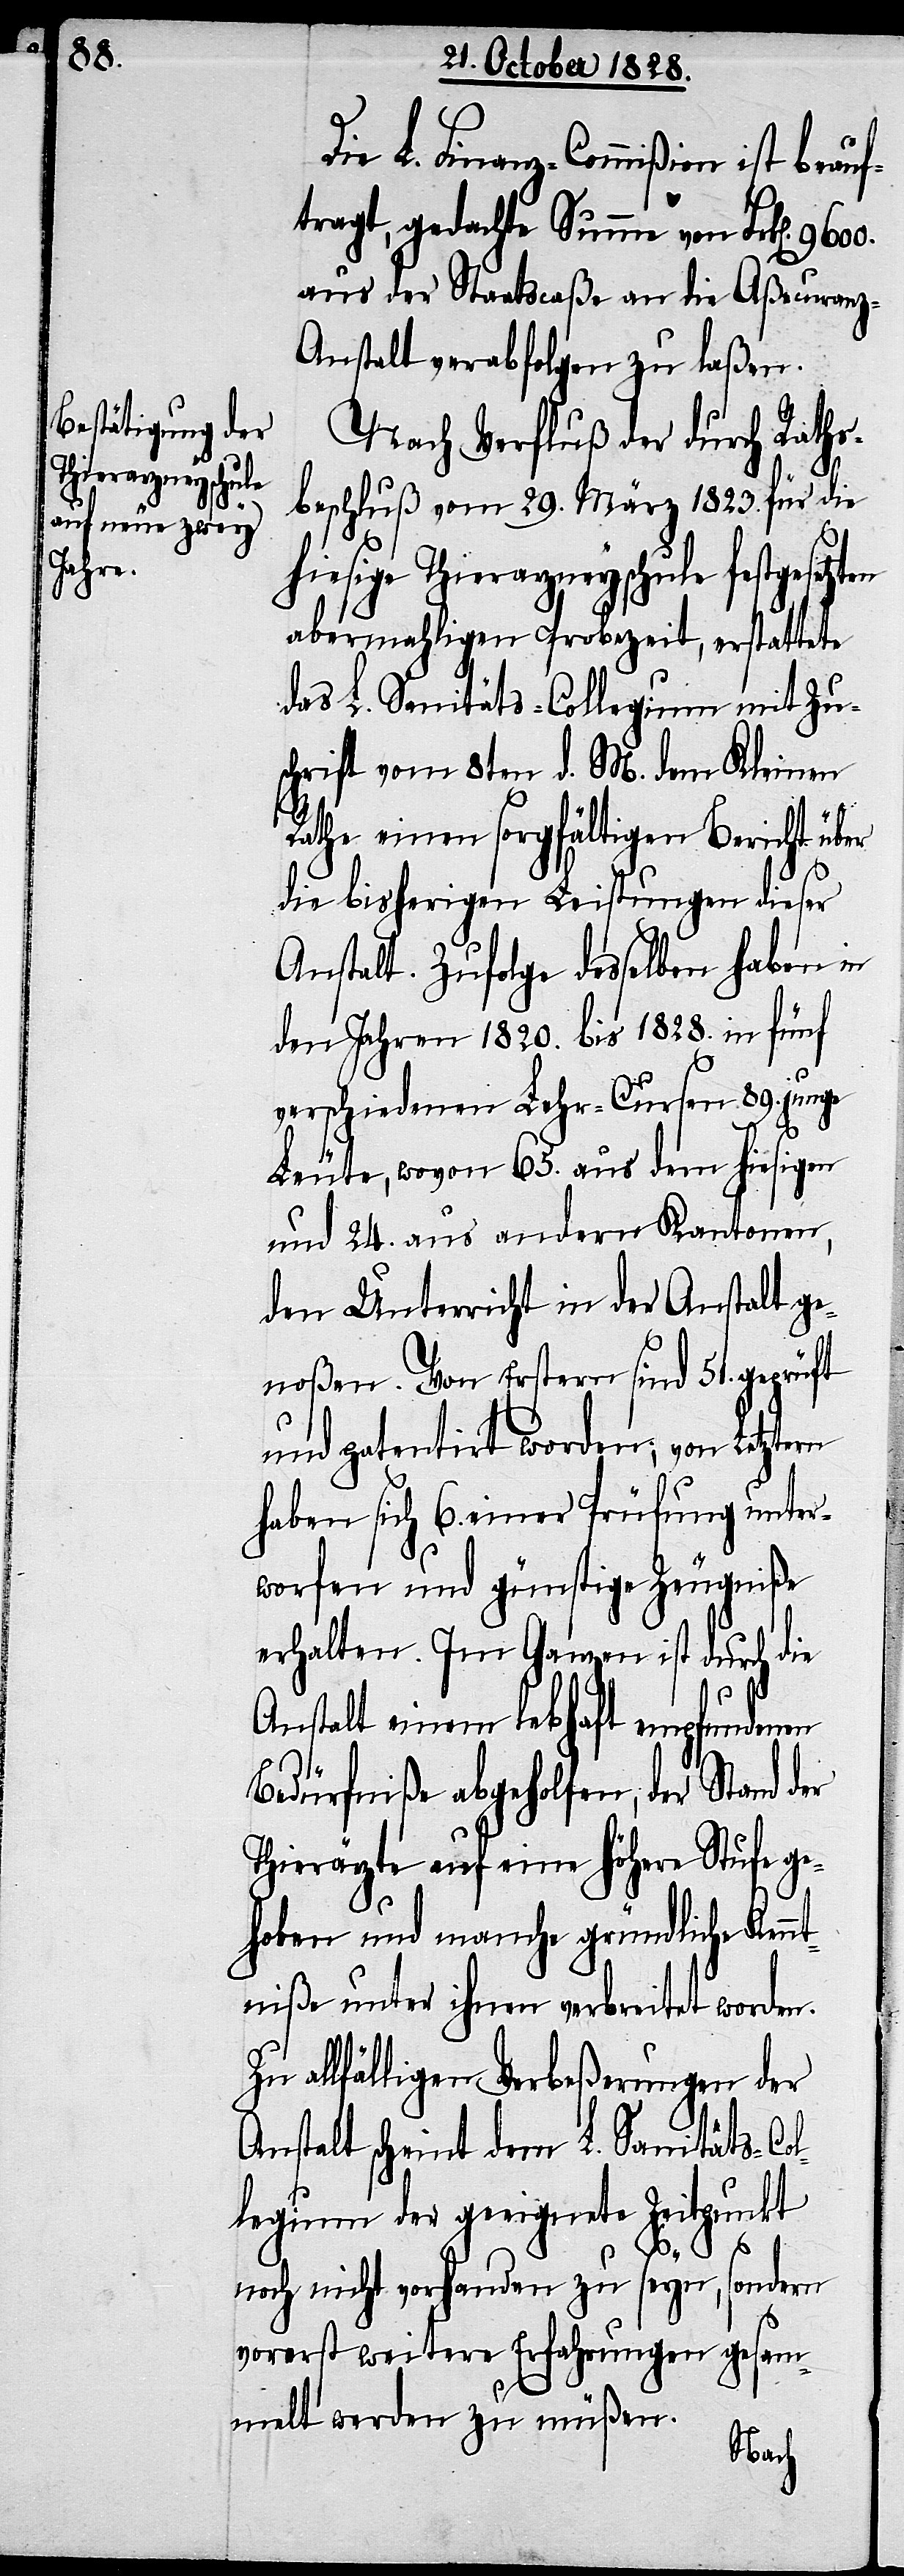
Die L. Finanz-Commißion ist beau¬
ftragt, gedachte Summe von Frk[en].
aus der Staatscaße an die Aßecuranz-A¬
nstalt verabfolgen zu laßen.
Nach Verfluß der durch Raths¬
beschluß vom 29. März 1823. für die
hiesige Thierarzneyschule festgesetzt¬
abermahligen Probezeit, erstattete
das L. Sanitäts-Collegium mit Zu¬
schrift vom 8ten d. M. dem Kleinen
Rathe einen sorgfältigen Bericht über
die bisherigen Leistungen dieser
Anstalt. Zufolge desselben haben in
den Jahren 1820. bis 1828. in fünf
verschiedenen Lehr-Cursen 89. junge
Leute, wovon 65. aus dem hiesigen
und 24. aus andern Kantonen,
den Unterricht in der Anstalt ge¬
noßen. Von Erstern sind 51. geprüft
und patentirt worden; von Letztern
haben sich 6. einer Prüfung unter¬
worfen und günstige Zeugniße
erhalten. Im Ganzen ist durch die
Anstalt einem lebhaft empfundenen
Bedürfniße abgeholfen, der Stand der
Thierärzte auf eine höhere Stufe ge¬
hoben und manche gründliche Ken¬
ntniße unter ihnen verbreitet worden.
Zu allfälligen Verbeßerungen der
Anstalt scheint dem L. Sanitäts-Co¬
llegium der geeignete Zeitpunkt
en
noch nicht vorhanden zu seyn, sondern
vorerst weitere Erfahrungen gesam¬
melt werden zu müßen.